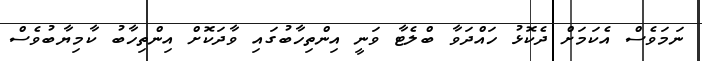
ނަމަވެސް އެކަމަށް ދެކޮޅު ހައްދަވާ ބްލެޓާ ވަނީ އިންތިހާބުގައި ވާދަކޮށް އިންތިހާބު ކާމިޔާބުވެސް